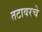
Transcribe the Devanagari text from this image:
तटावरचे